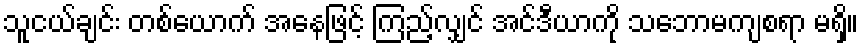
သူငယ်ချင်း တစ်ယောက် အနေဖြင့် ကြည့်လျှင် အင်ဒီယာကို သဘောမကျစရာ မရှိ။